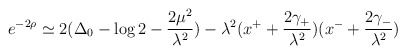
\begin{align*}e^{-2\rho}\simeq 2(\Delta_0-\log2-\frac{2\mu^2}{\lambda^2})-\lambda^2 (x^++ \frac{2\gamma_+}{\lambda^2})(x^- + \frac{2\gamma_-}{\lambda^2}) \end{align*}